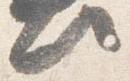
此